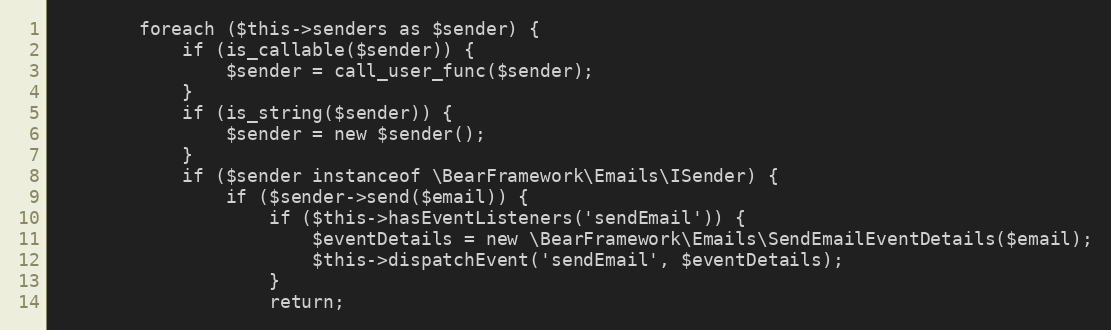
Language: PHP
        foreach ($this->senders as $sender) {
            if (is_callable($sender)) {
                $sender = call_user_func($sender);
            }
            if (is_string($sender)) {
                $sender = new $sender();
            }
            if ($sender instanceof \BearFramework\Emails\ISender) {
                if ($sender->send($email)) {
                    if ($this->hasEventListeners('sendEmail')) {
                        $eventDetails = new \BearFramework\Emails\SendEmailEventDetails($email);
                        $this->dispatchEvent('sendEmail', $eventDetails);
                    }
                    return;